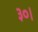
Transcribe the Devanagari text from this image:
३०।